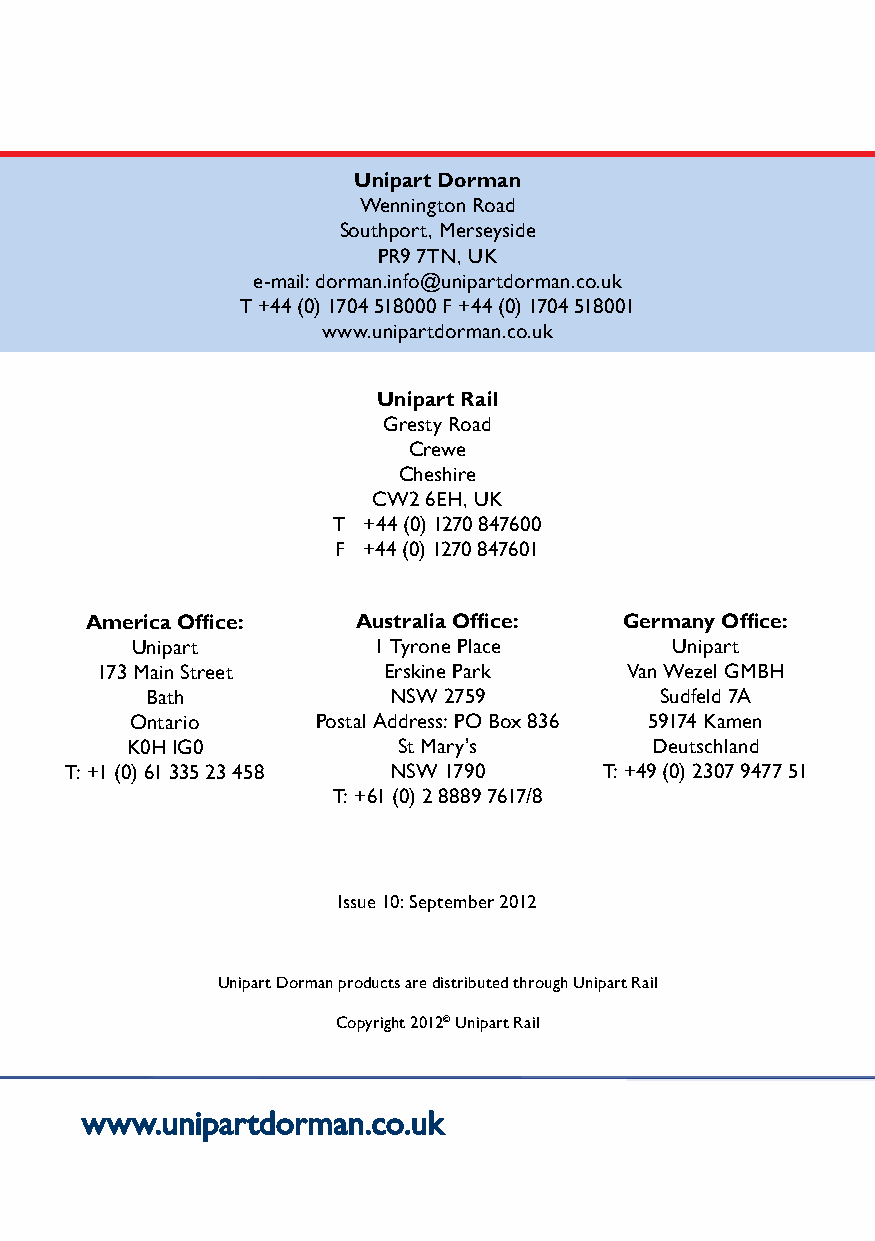
Unipart Dorman
 Wennington Road
 Southport, Merseyside
 PR9 7TN, UK
 e-mail: dorman.info@unipartdorman.co.uk
 T +44 (0) 1704 518000 F +44 (0) 1704 518001
 www.unipartdorman.co.uk
 Unipart Rail
 Gresty Road
 Crewe
 Cheshire
 CW2 6EH, UK
 T +44 (0) 1270 847600
 F +44 (0) 1270 847601
 America Office:   Australia Office: Germany Office:
 Unipart         1 Tyrone Place     Unipart
 173 Main Street    Erskine Park    Van Wezel GMBH
 Bath            NSW 2759          Sudfeld 7A
 Ontario     Postal Address: PO Box 836 59174 Kamen
 K0H IG0           St Mary’s        Deutschland
 T: +1 (0) 61 335 23 458 NSW 1790    T: +49 (0) 2307 9477 51
 T: +61 (0) 2 8889 7617/8
 Issue 10: September 2012
 Unipart Dorman products are distributed through Unipart Rail
 Copyright 2012© Unipart Rail
 www.unipartdorman.co.uk